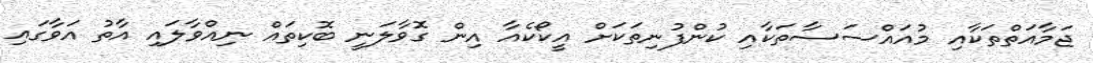
ޖަމާއަތްތަކާއި މުއައްސަސާތަކާއި ކުންފުނިތަކަށް އީކޯކެއާ އިން ގޮވާލަނީ ބޮކިތައް ނިއްވާލައި އާތު އަވާގައި